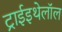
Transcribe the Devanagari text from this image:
ट्राईइथेलॉल